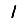
Digit: 1